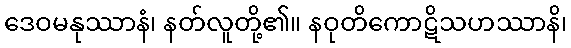
ဒေဝမနုဿာနံ၊ နတ်လူတို့၏။ နဝုတိကောဋိသဟဿာနိ၊